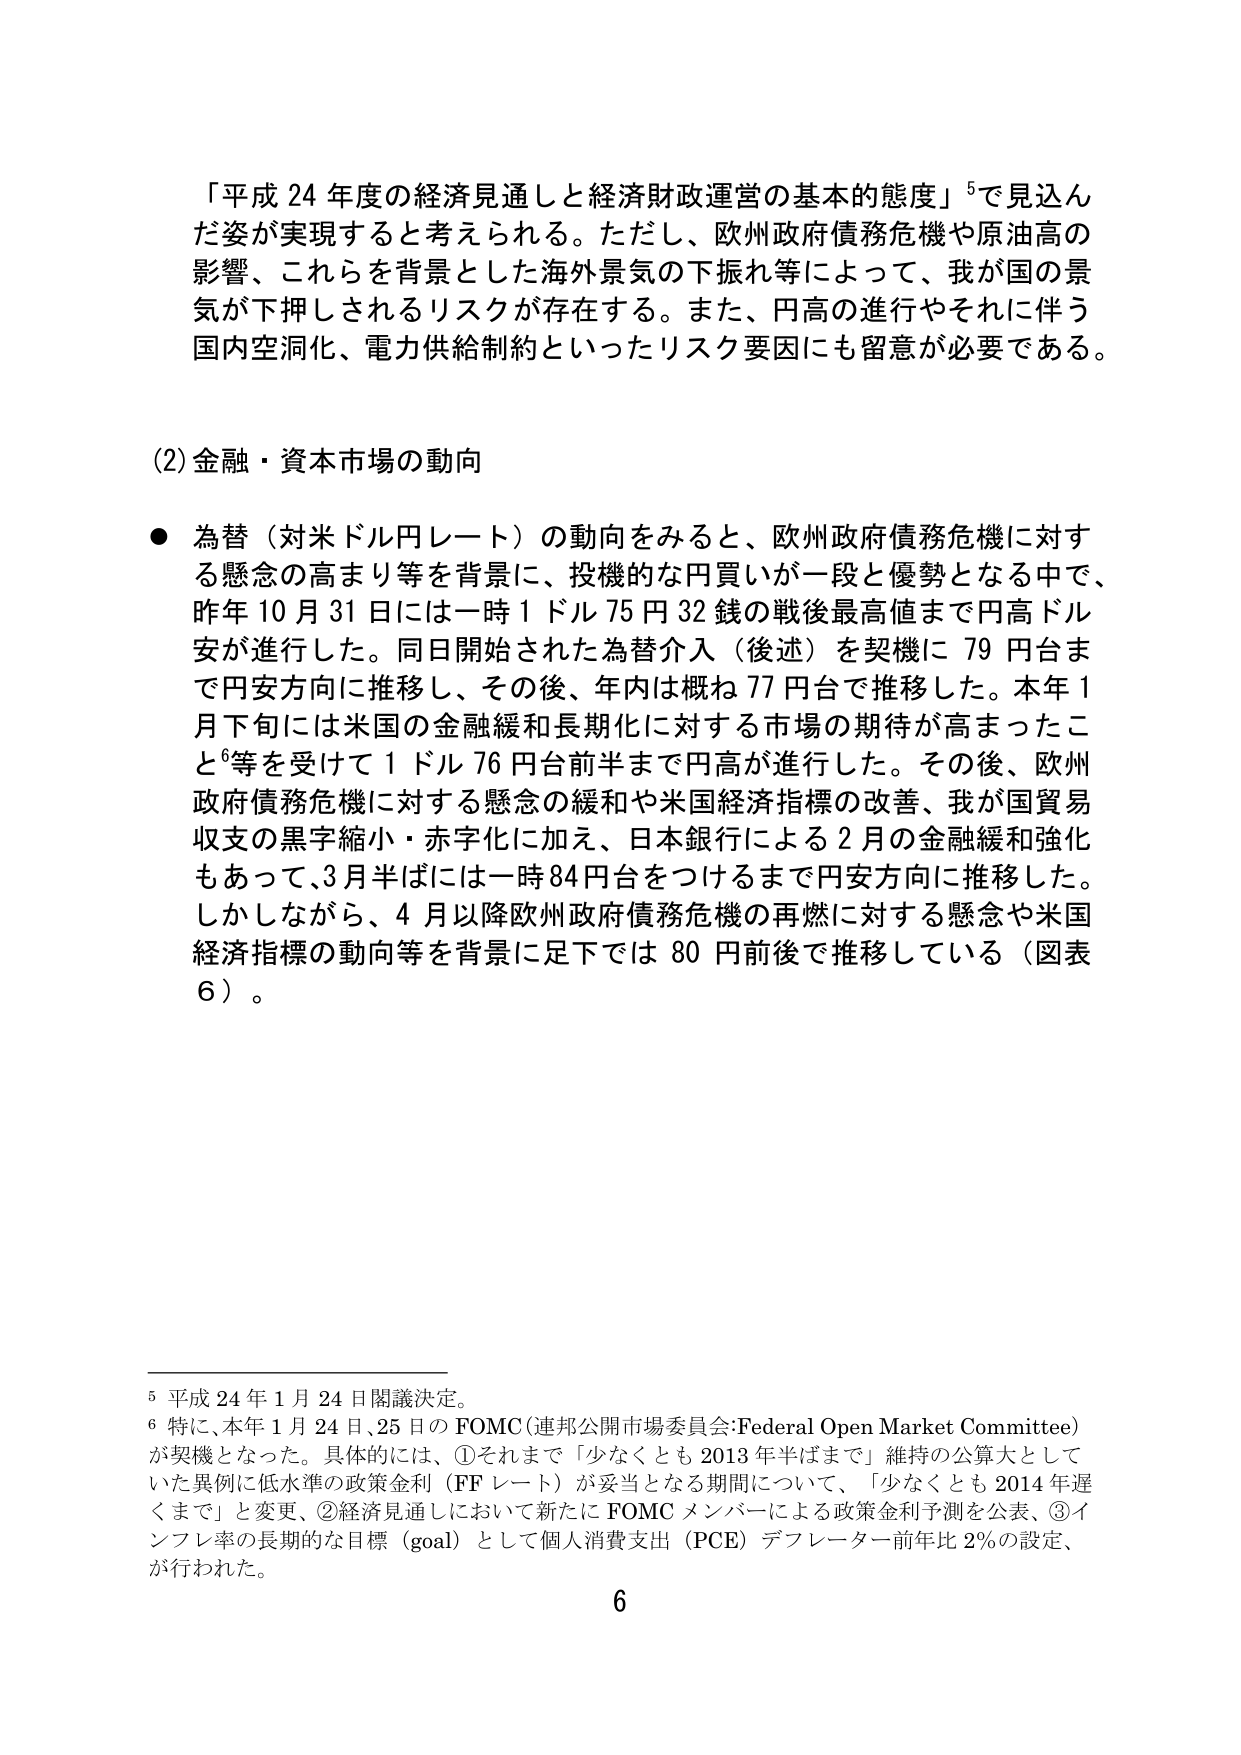
「平成 24 年度の経済見通しと経済財政運営の基本的態度」⁵で見込んだ姿が実現すると考えられる。ただし、欧州政府債務危機や原油高の影響、これらを背景とした海外景気の下振れ等によって、我が国の景気が下押しされるリスクが存在する。また、円高の進行やそれに伴う国内空洞化、電力供給制約といったリスク要因にも留意が必要である。

(2) 金融・資本市場の動向

● 為替（対米ドルレート）の動向をみると、欧州政府債務危機に対する懸念の高まり等を背景に、投機的な円買いが一段と優勢となる中で、昨年 10 月 31 日には一時 1 ドル 75 円 32 銭の戦後最高値まで円高ドル安が進行した。同日開始された為替介入（後述）を契機に 79 円台まで円安方向に推移し、その後、年内は概ね 77 円台で推移した。本年 1 月下旬には米国の金融緩和長期化に対する市場の期待が高まったこと⁶等を受けて 1 ドル 76 円台前半まで円高が進行した。その後、欧州政府債務危機に対する懸念の緩和や米国経済指標の改善、我が国貿易収支の黒字縮小・赤字化に加え、日本銀行による 2 月の金融緩和強化もあって、3 月半ばには一時 84 円台をつけるまで円安方向に推移した。しかしながら、4 月以降欧州政府債務危機の再燃に対する懸念や米国経済指標の動向等を背景に足下では 80 円前後で推移している（図表 6）。

⁵ 平成 24 年 1 月 24 日閣議決定。
⁶ 特に、本年 1 月 24 日、25 日の FOMC（連邦公開市場委員会：Federal Open Market Committee）が契機となった。具体的には、①それまで「少なくとも 2013 年半ばまで」維持の公算大としていた異例に低水準の政策金利（FF レート）が妥当となる期間について、「少なくとも 2014 年遅くまで」と変更、②経済見通しにおいて新たに FOMC メンバーによる政策金利予測を公表、③インフレ率の長期的な目標（goal）として個人消費支出（PCE）デフレーター前年比 2％の設定、が行われた。

6